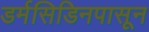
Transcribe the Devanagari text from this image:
डर्मसिडिनपासून